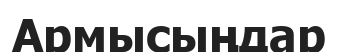
Армысыңдар